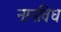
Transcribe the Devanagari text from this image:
नानविध